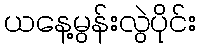
ယနေ့မွန်းလွဲပိုင်း